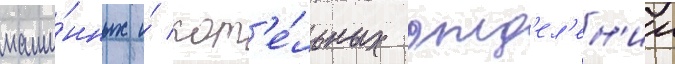
маши́нных и́ кот'е́льных отд'ел'ен'ии